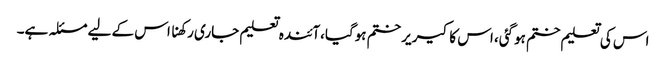
اس کی تعلیم ختم ہوگئی، اس کا کیریر ختم ہوگیا،آئندہ تعلیم جاری رکھنا اس کے لیے مسئلہ ہے۔